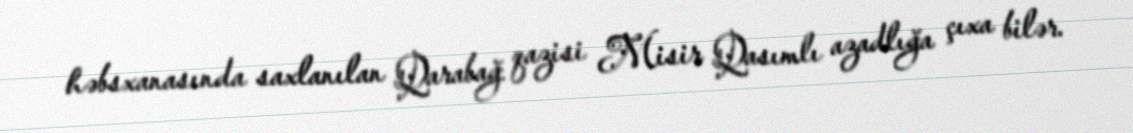
həbsxanasında saxlanılan Qarabağ qazisi Misir Qasımlı azadlığa çıxa bilər.